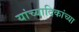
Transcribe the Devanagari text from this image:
यांच्यादिकांच्या